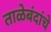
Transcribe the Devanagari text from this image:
ताळेबंदांचे